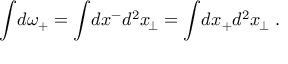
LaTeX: \int \! d \omega _ { + } = \int \! d x ^ { - } d ^ { 2 } x _ { \! \perp } = \int \! d x _ { + } d ^ { 2 } x _ { \! \perp } \ .